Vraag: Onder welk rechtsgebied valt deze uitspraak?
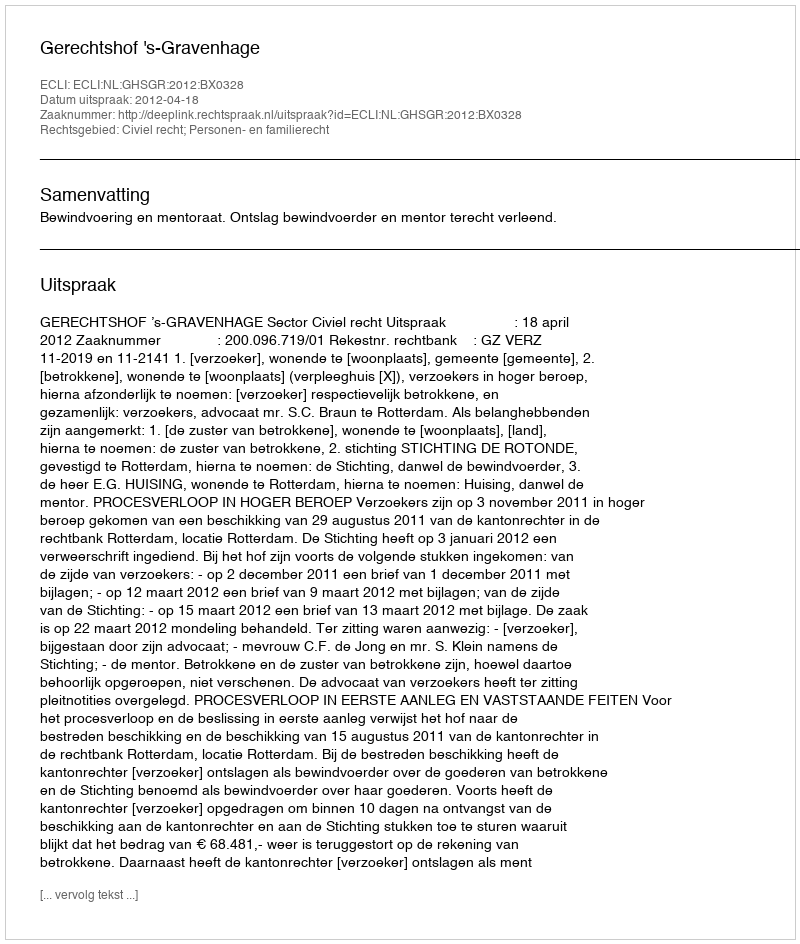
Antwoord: Civiel recht; Personen- en familierecht